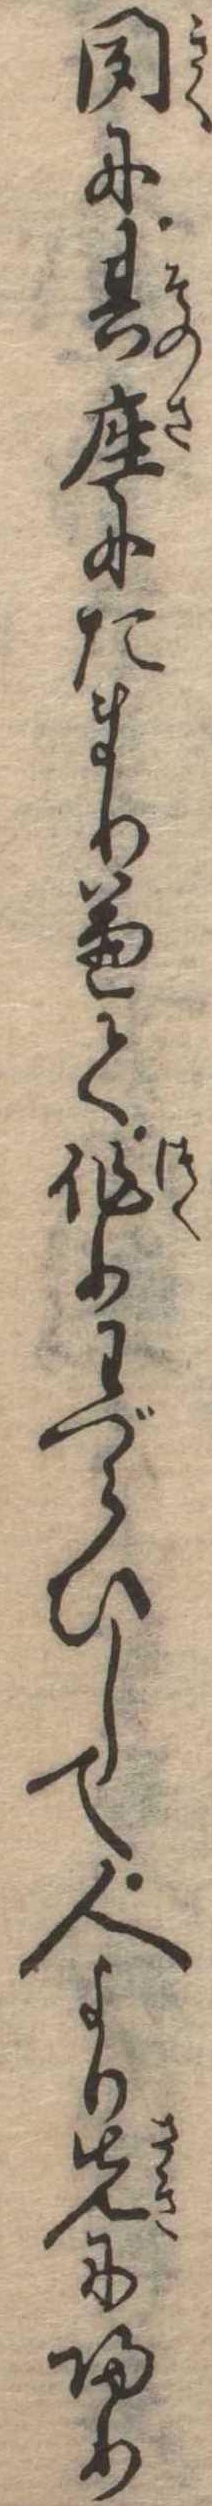
聞に其座にたまり兼て作りわづらひして人より先に帰り